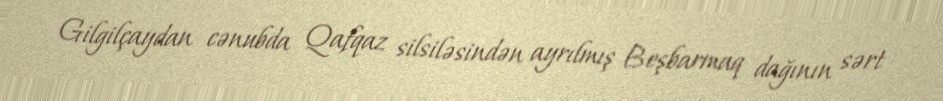
Gilgilçaydan cənubda Qafqaz silsiləsindən ayrılmış Beşbarmaq dağının sərt